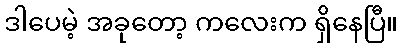
ဒါပေမဲ့ အခုတော့ ကလေးက ရှိနေပြီ။